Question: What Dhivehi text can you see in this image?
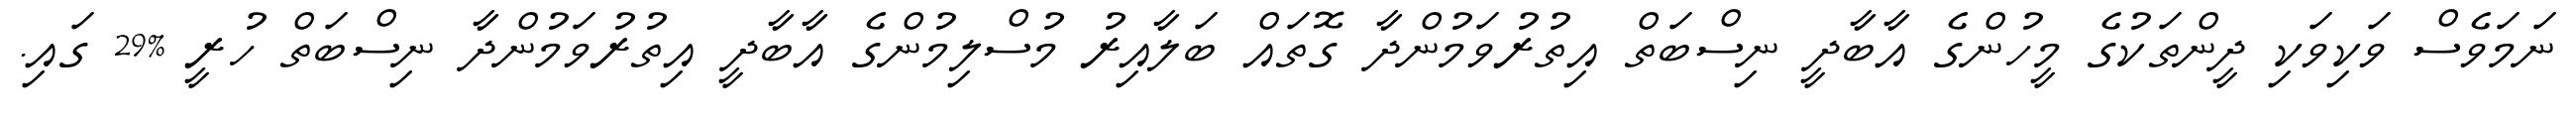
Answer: ނަމަވެސް ވަކިވަކި ދީންތަކުގެ މީހުންގެ އާބާދީ ނިސްބަތް އިތުރުވަމުންދާ ގޮތައް ބަލާއިރު މުސްލިމުންގެ އާބާދީ އިތުރުވަމުންދާ ނިސްބަތް ހުރީ %29 ގައި.